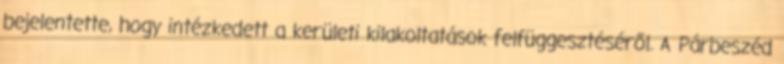
bejelentette, hogy intézkedett a kerületi kilakoltatások felfüggesztéséről. A Párbeszéd